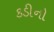
કડીનો